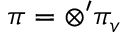
\pi = \otimes ^ { \prime } \pi _ { v }